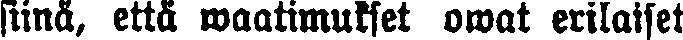
siinä, että waatimukset owat erilaiset